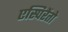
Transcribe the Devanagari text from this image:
एस्पिरेंतो